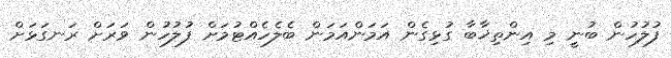
ފުލުހުން ބުނީ މި އިންތިޚާބާ ގުޅިގެން އަމަންއަމަން ބެލެހެއްޓުމަށް ފުލުހުން ވަރަށް ރަނގަޅަށް